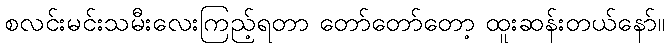
စလင်းမင်းသမီးလေးကြည့်ရတာ တော်တော်တော့ ထူးဆန်းတယ်နော်။